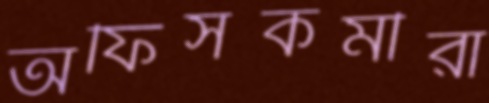
অফিসকর্মীরা